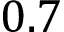
0 . 7